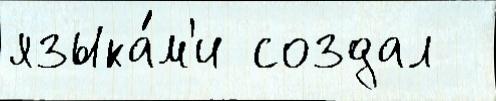
языка́м'и создал